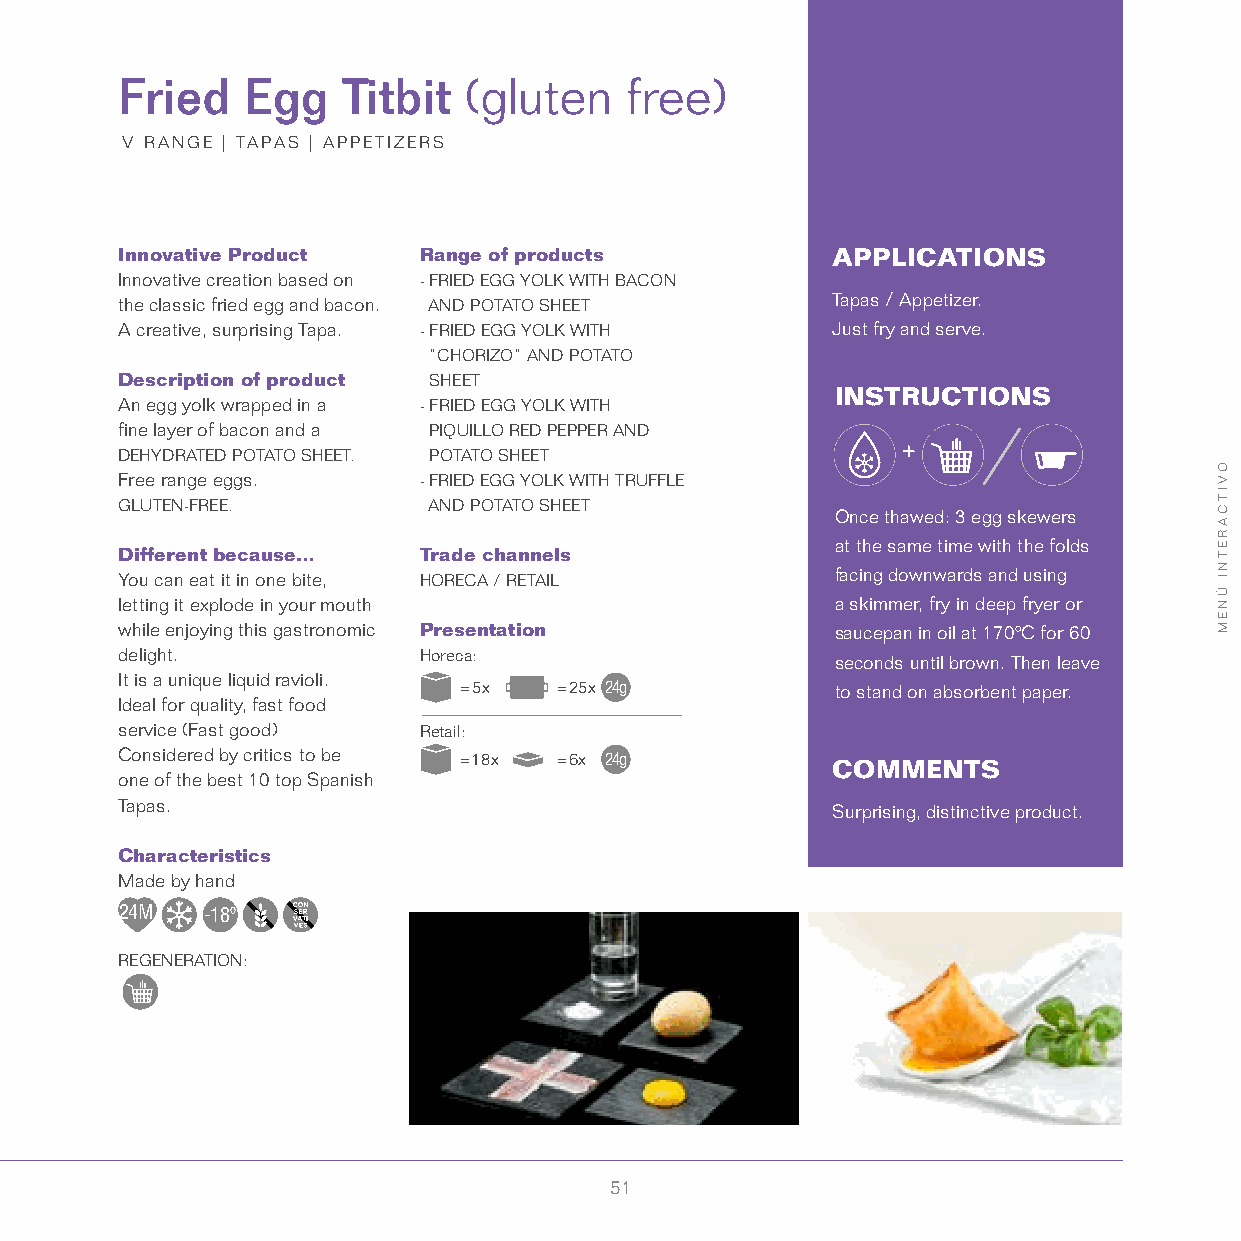
Fried   Egg    Titbit  (gluten   free)
 V RANGE | TAPAS | APPETIZERS
 Innovative Product  Range of products          APPLICATIONS
 Innovative creation based on - FRIED EGG YOLK WITH BACON
 the classic fried egg and bacon. AND POTATO SHEET Tapas / Appetizer.
 A creative, surprising Tapa. - FRIED EGG YOLK WITH Just fry and serve.
 “CHORIZO” AND POTATO
 Description of product SHEET
 INSTRUCTIONS
 An egg yolk wrapped in a - FRIED EGG YOLK WITH
 fine layer of bacon and a PIQUILLO RED PEPPER AND
 DEHYDRATED POTATO SHEET. POTATO SHEET
 Free range eggs.    - FRIED EGG YOLK WITH TRUFFLE
 GLUTEN-FREE.        AND POTATO SHEET
 Once thawed: 3 egg skewers
 at the same time with the folds
 Different because…  Trade channels
 You can eat it in one bite, HORECA / RETAIL    facing downwards and using
 letting it explode in your mouth               a skimmer, fry in deep fryer or
 while enjoying this gastronomic Presentation   saucepan in oil at 170ºC for 60
 delight.            Horeca:                    seconds until brown. Then leave
 It is a unique liquid ravioli.
 = 5x   = 25x 24g         to stand on absorbent paper.
 Ideal for quality, fast food
 service (Fast good) Retail:
 Considered by critics to be = 18x = 6x 24g
 COMMENTS
 one of the best 10 top Spanish
 Tapas.
 Surprising, distinctive product.
 Characteristics
 Made by hand
 24M  -18º
 REGENERATION:
 51
 OVITCARETNI
 ÚNEM